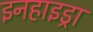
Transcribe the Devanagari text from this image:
इनहाइड्रा